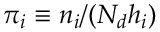
\pi _ { i } \equiv n _ { i } / ( N _ { d } h _ { i } )